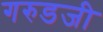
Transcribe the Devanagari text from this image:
गरुडजी